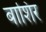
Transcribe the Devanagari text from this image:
बाशिर